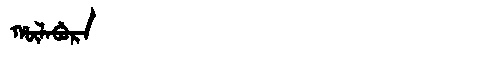
Manchu: ᡥᡡᠯᠠᠪᡠᡵᠠ
Romanization: HŪLABURA